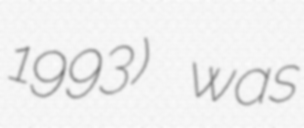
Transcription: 1993) was